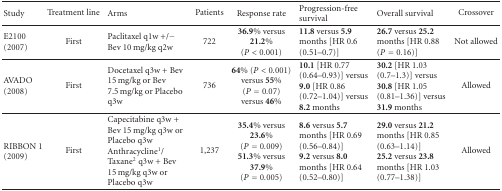
<table><thead><tr><td><b>Study</b></td><td><b>Treatment line</b></td><td><b>Arms</b></td><td><b>Patients</b></td><td><b>Response rate</b></td><td><b>Progression-free survival</b></td><td><b>Overall survival</b></td><td><b>Crossover</b></td></tr></thead><tbody><tr><td>E2100(2007)</td><td>First</td><td>Paclitaxel q1w +/− Bev 10 mg/kg q2w</td><td>722</td><td><b>36.9%</b> versus <b>21.2%</b> (<i>P</i> &lt; 0.001)</td><td><b>11.8</b> versus <b>5.9</b> months [HR 0.6 (0.51–0.7)]</td><td><b>26.7</b> versus <b>25.2</b> months [HR 0.88 (<i>P</i> = 0.16)]</td><td>Not allowed</td></tr><tr><td>AVADO(2008)</td><td>First</td><td>Docetaxel q3w + Bev 15 mg/kg or Bev 7.5 mg/kg or Placebo q3w</td><td>736</td><td><b>64%</b> (<i>P</i> &lt; 0.001) versus <b>55%</b> (<i>P</i> = 0.07) versus <b>46%</b></td><td><b>10.1</b> [HR 0.77 (0.64–0.93)] versus <b>9.0</b> [HR 0.86 (0.72–1.04)] versus <b>8.2</b> months</td><td><b>30.2</b> [HR 1.03 (0.7–1.3)] versus <b>30.8</b> [HR 1.05 (0.81–1.36)] versus <b>31.9</b> months</td><td>Allowed</td></tr><tr><td>RIBBON 1(2009)</td><td>First</td><td>Capecitabine q3w + Bev 15 mg/kg q3w or Placebo q3wAnthracycline<sup>1</sup>/ Taxane<sup>2</sup> q3w + Bev 15 mg/kg q3w or Placebo q3w</td><td>1,237</td><td><b>35.4%</b> versus <b>23.6%</b> (<i>P</i> = 0.009)<b>51.3%</b> versus <b>37.9%</b> (<i>P</i> = 0.005)</td><td><b>8.6</b> versus <b>5.7</b> months [HR 0.69 (0.56–0.84)]<b>9.2</b> versus <b>8.0</b> months [HR 0.64 (0.52–0.80)]</td><td><b>29.0</b> versus <b>21.2</b> months [HR 0.85 (0.63–1.14)]<b>25.2</b> versus <b>23.8</b> months [HR 1.03 (0.77–1.38)]</td><td>Allowed</td></tr></tbody></table>